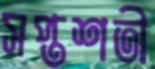
সপ্তশতী